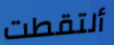
ألتقطت